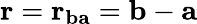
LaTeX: \mathbf{r}=\mathbf{r}_{\mathbf{ba}}=\mathbf{b}-\mathbf{a}